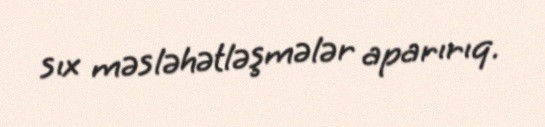
sıx məsləhətləşmələr aparırıq.